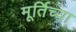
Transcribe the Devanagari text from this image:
मूर्तिच्या